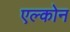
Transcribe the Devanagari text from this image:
एल्कोन